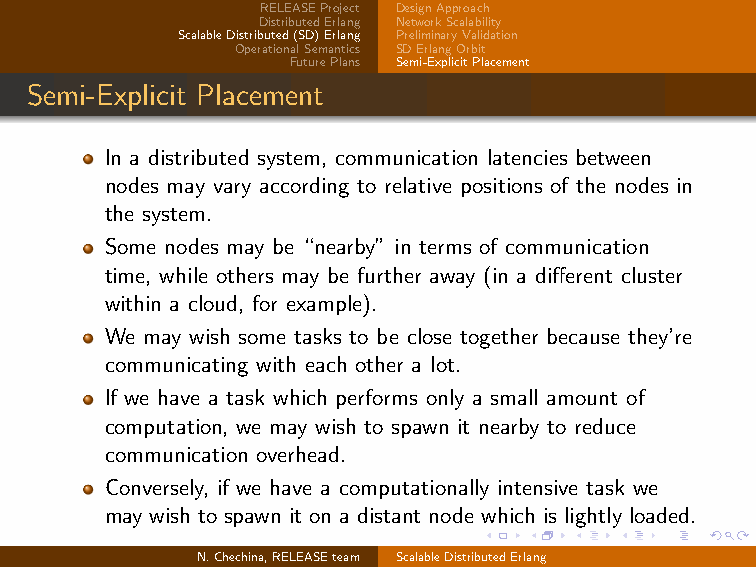
RELEASEProject DesignApproach
 DistributedErlang NetworkScalability
 ScalableDistributed(SD)Erlang PreliminaryValidation
 OperationalSemantics SDErlangOrbit
 FuturePlans Semi-ExplicitPlacement
 Semi-Explicit Placement
 In a distributed system, communication latencies between
 nodes may vary according to relative positions of the nodes in
 the system.
 Some nodes may be “nearby” in terms of communication
 time, while others may be further away (in a different cluster
 within a cloud, for example).
 We may wish some tasks to be close together because they’re
 communicating with each other a lot.
 If we have a task which performs only a small amount of
 computation, we may wish to spawn it nearby to reduce
 communication overhead.
 Conversely, if we have a computationally intensive task we
 may wish to spawn it on a distant node which is lightly loaded.
 N.Chechina,RELEASEteam ScalableDistributedErlang